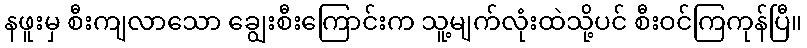
နဖူးမှ စီးကျလာသော ချွေးစီးကြောင်းက သူ့မျက်လုံးထဲသို့ပင် စီးဝင်ကြကုန်ပြီ။